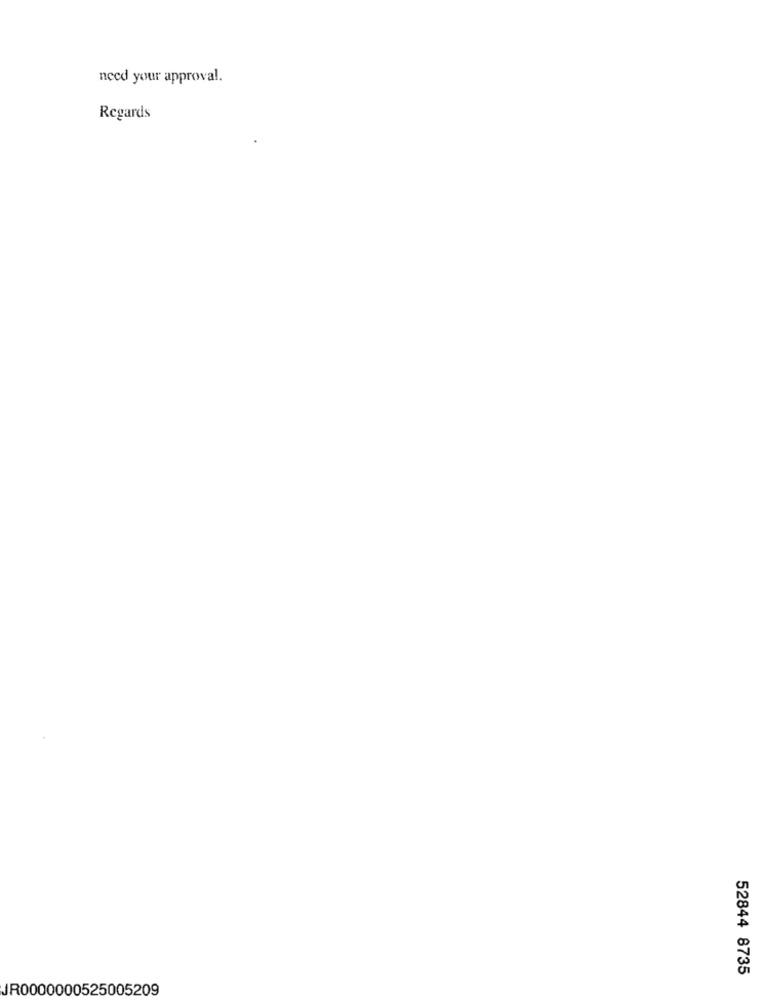
need your approval.
Regards
52844 8735
JR0000000525005209